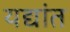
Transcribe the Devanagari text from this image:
यद्यांत